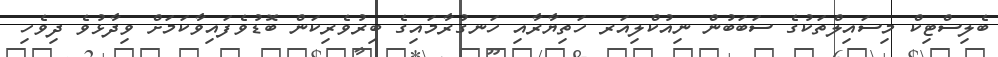
ބެލިސްޓިކް މިސައިލްތަކުގެ ސަބަބުން ނިއުކްލިއަރ ހަތިޔާރާއި ހަނގުރާމައިގެ ބިރުވެރިކަން ބޮޑުވެފައިވާކަމަށް ވިދާޅުވެ ދިވެހި